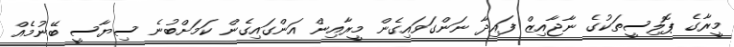
މީރާގެ ޕޮލިސީތަކުގެ ނާޖާއިޒް ފައިދާ ނަންގަވައިގެން މީރާއިން އަންގައިގެން ކަމަށްބުނެ ސިޔާސީ ބޭނުމެއް